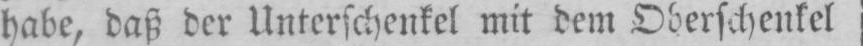
habe, daß der Unterschenkel mit dem Oberschenkel,